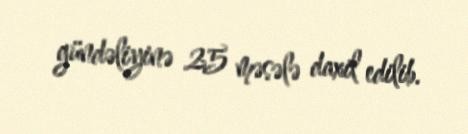
gündəliyinə 25 məsələ daxil edilib.